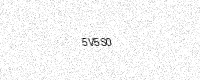
Text: 5V5S0